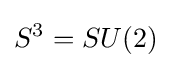
S^{3}=SU(2)